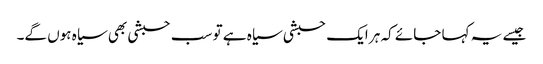
جیسے یہ کہا جائے کہ ہر ایک حبشی سیاہ ہے تو سب حبشی بھی سیاہ ہوں گے۔